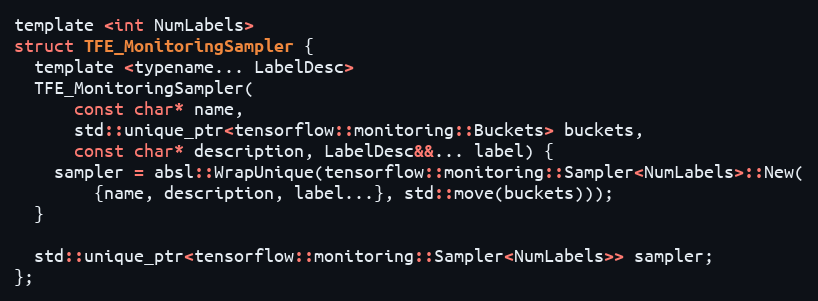
Language: C
template <int NumLabels>
struct TFE_MonitoringSampler {
  template <typename... LabelDesc>
  TFE_MonitoringSampler(
      const char* name,
      std::unique_ptr<tensorflow::monitoring::Buckets> buckets,
      const char* description, LabelDesc&&... label) {
    sampler = absl::WrapUnique(tensorflow::monitoring::Sampler<NumLabels>::New(
        {name, description, label...}, std::move(buckets)));
  }

  std::unique_ptr<tensorflow::monitoring::Sampler<NumLabels>> sampler;
};